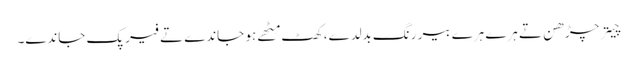
چیتر چڑھن تے ہرے ہرے بیر رنگ بدلدے، کھٹ مِٹھے ہو جاندے تے فیر پک جاندے۔